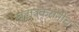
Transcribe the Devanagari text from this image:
खटावकरांनीच